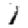
Digit: 1